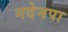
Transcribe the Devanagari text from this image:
गदेनपा